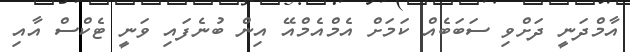
އާމްދަނީ ދަށްވި ސަބަބެއް ކަމަށް އެމްއެމްއޭ އިން ބުނެފައި ވަނީ ޓެކްސް އާއި